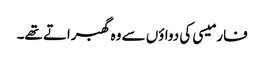
فارمیسی کی دواؤں سے وہ گھبراتے تھے۔